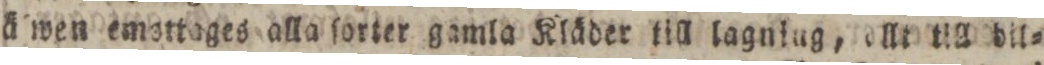
ä wen emsttoges alla ſorter gamla Kläder till lagning, ollt till bil=